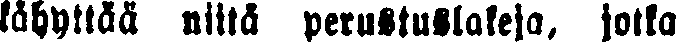
kähyttää niitä perustuslakeja, jotka